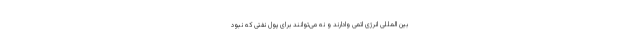
بین المللی انرژی اتمی وادارند و نه می‌توانند برای پول نفتی که نبود